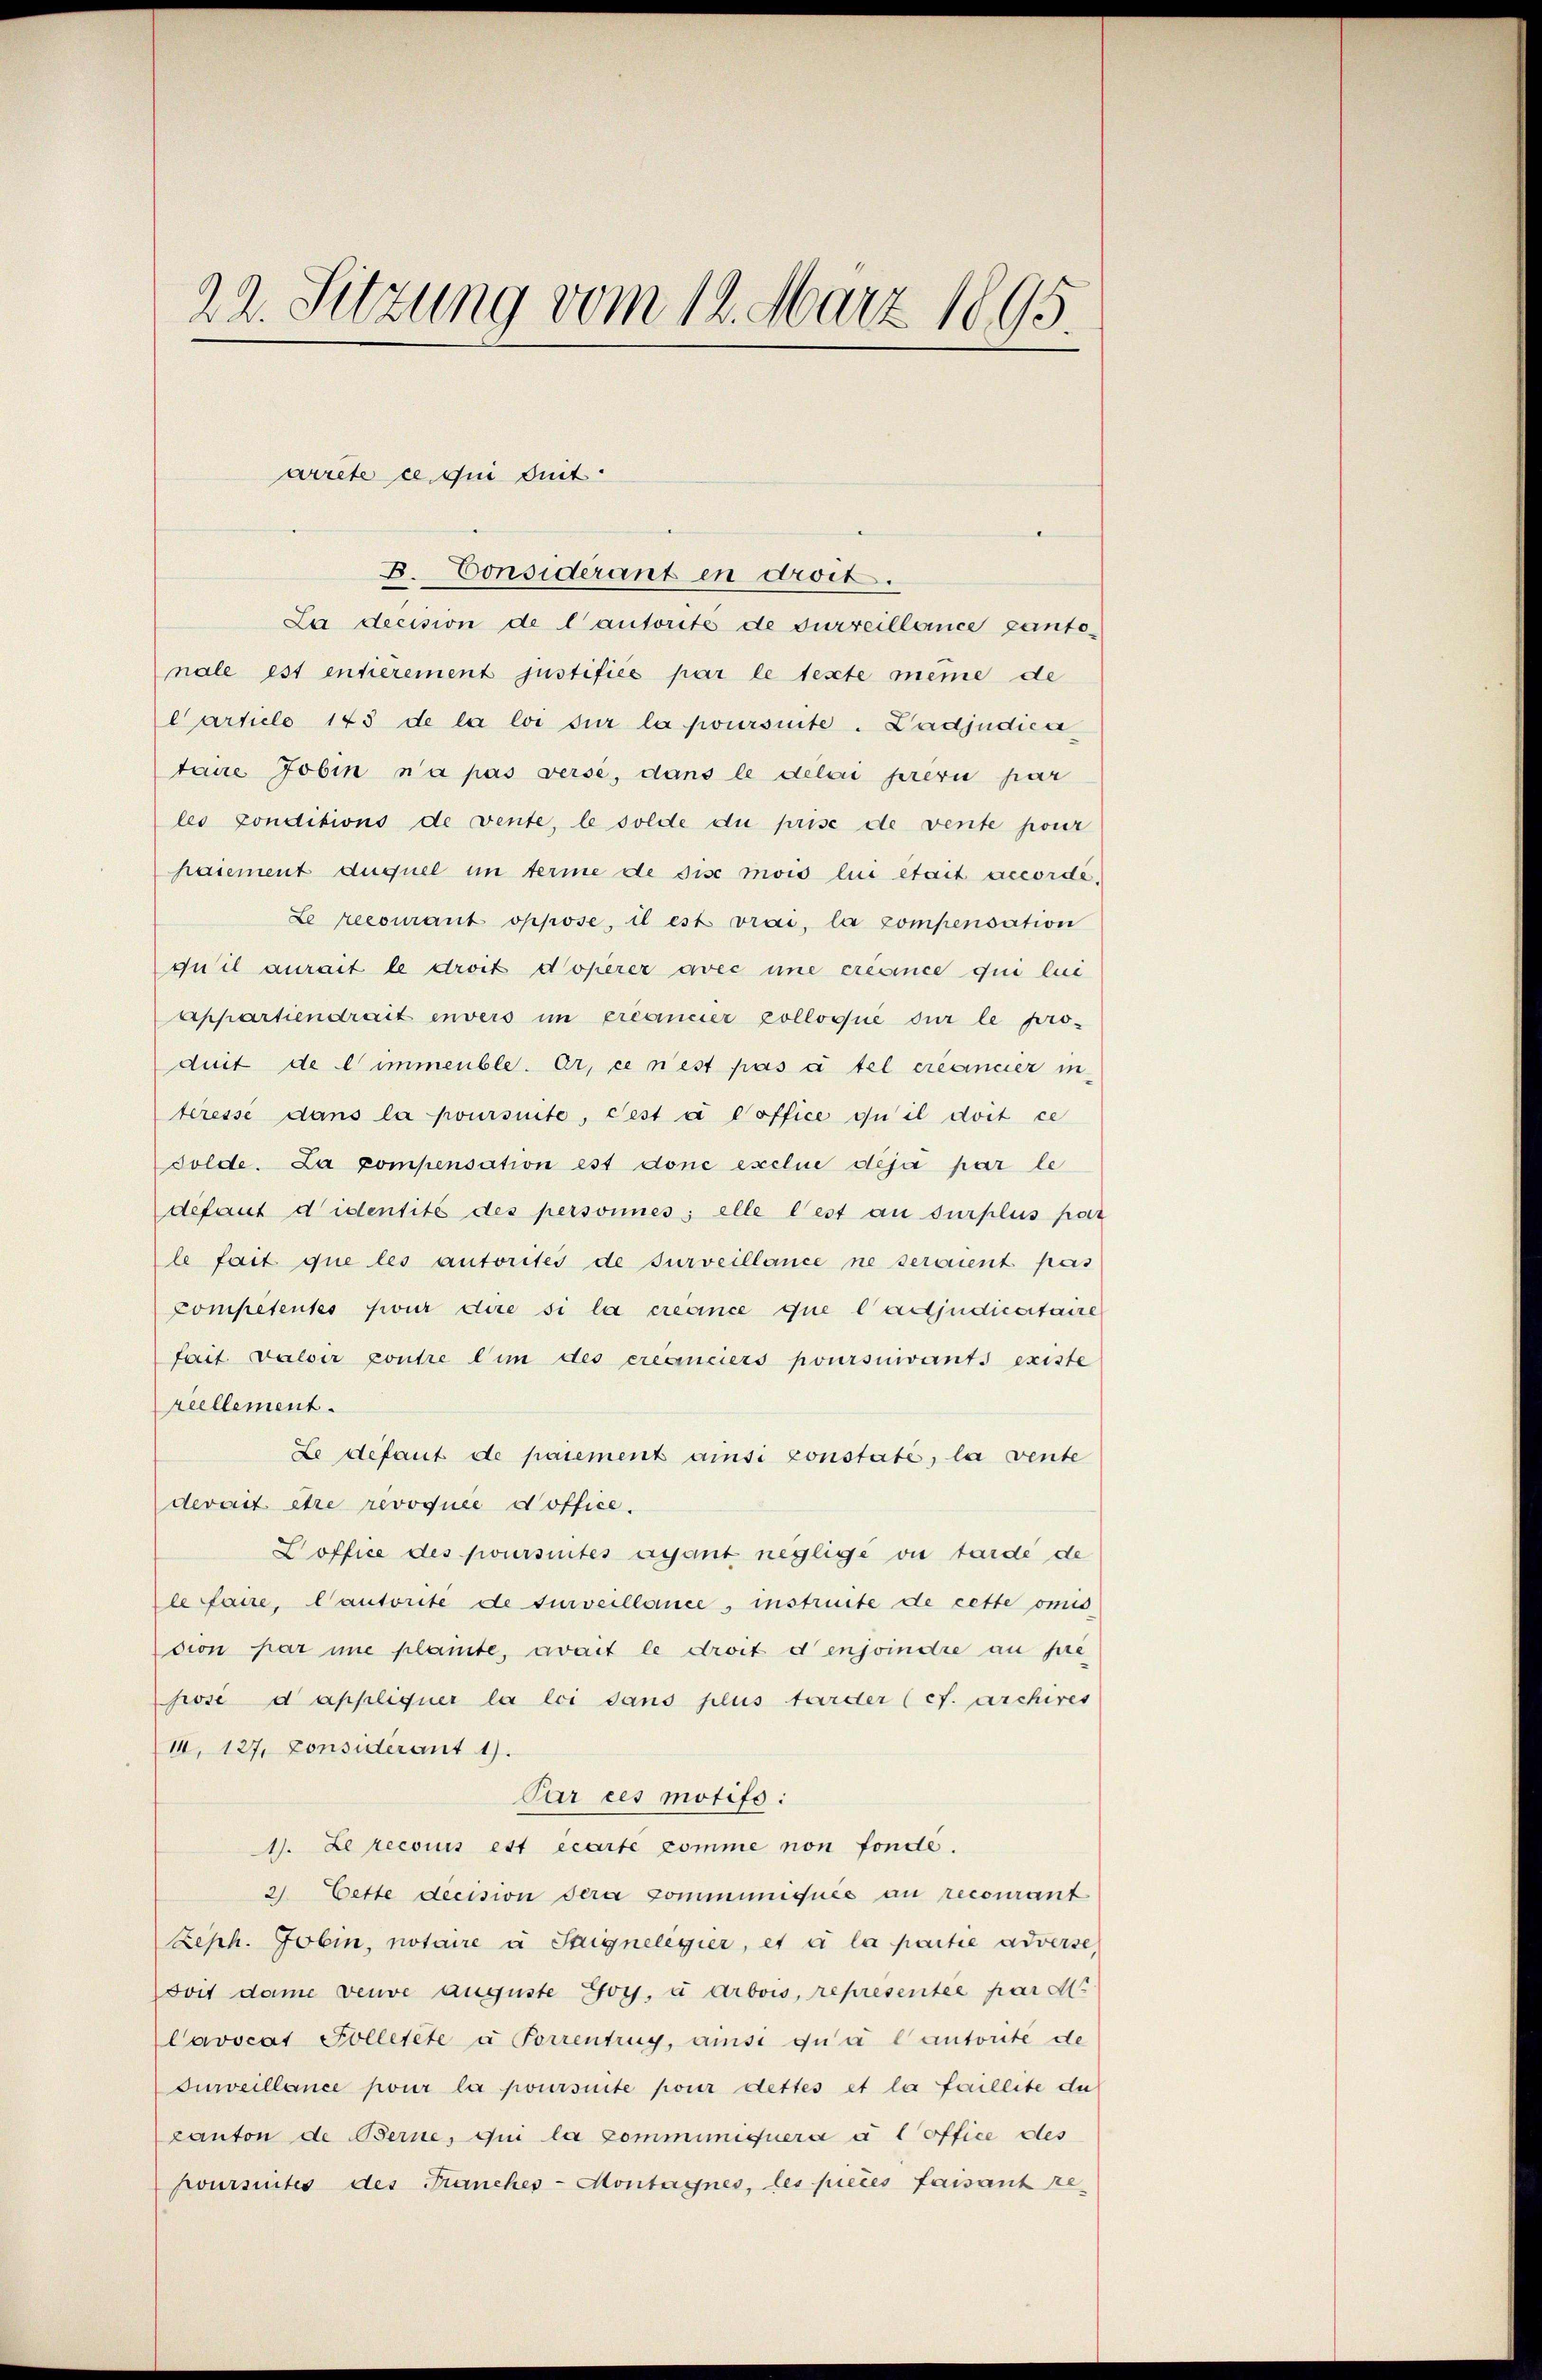
22. Sitzung vom 12. März 1895.

arrete ce qui suit.
B. Considérant in droit.

e
La decision de lautorité de surveillance gante-
nale ist entierement justifiés par le texte meine de
Carticle 143 de la loi sur la poursuite. Ladjudica
tane Jobin n’a pas verse, dans le délai prevu par
les conditions de vente, le solde du prise de vente pour
paiement duquel im terme de sise mois lui était accordé,
Le recomant oppose, il est vrai, la compensation
quil aurait le droit doperer avec une créance qui lui
Appartiendrait envers im créancier zolloqué sur le pro-
duit de l’immeuble. Er, ce nest pas à tel créancier in
teresse dans la poursuite, Pest à Coffice ou il doit ce
solde. La compensation est done exclue déjà par le
defaut didentité des personnes; elle test an surplus par
le fait que les autorites de surveillance ne seraient pas
Competentes für dire si la créance que l’adjudicetaire
fait valoir contre dim des créanciers poursuivants existe
reellement.
Le défaut de paiement ansi constaté, la vente
derart être revoquée d’office.
Doffice des poursintes assant neglige vi tarde de
le faire, Cantorite de surveillance, instruite de cette omis
sion par une plante, avait le droit denjoindre au pre
posé d’appliquer la loi dans plus tarder (cf. Archires
II, 127, Considerant 1).
Par ces motifs:
1). Le reconus est écarte comme non fonde.
2. Cette decision sera communiquée au recourant
Zeph. Jobin, notaire à Stignelegier, et à la partie adverse,
doit dami veuve auguste Goy, u arbois, representée par d
Cavocat Folletete u. Forrentrug, ansi qu’à l’autorite de
Jurveillance pour la poursuite pour dettes et la faillite di
canton de Berne, qui la comminiquera a l office des
Koursuites des Franches-Montagnes, les pieces faisant re¬